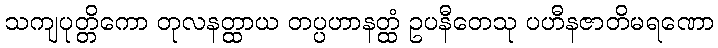
သကျပုတ္တိကော တုလနတ္ထာယ တပ္ပဟာနတ္ထံ ဥပနီတေသု ပဟီနဇာတိမရဏော